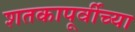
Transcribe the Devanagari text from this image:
शतकापूर्वीच्या